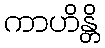
ကာဟိန္တိ